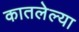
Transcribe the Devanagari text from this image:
कातलेल्या